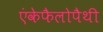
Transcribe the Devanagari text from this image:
एंकेफैलोपैथी